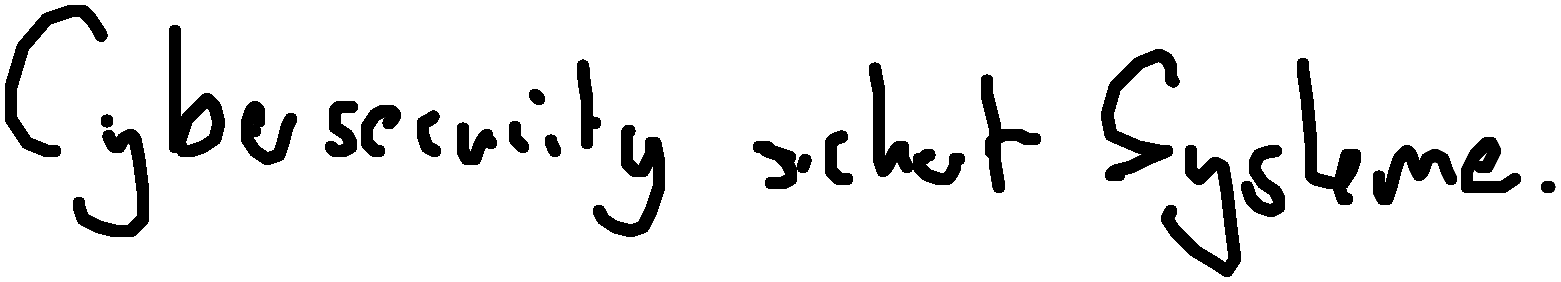
Cybersecurity sichert Systeme.